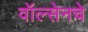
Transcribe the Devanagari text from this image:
वॉल्सेनचे